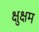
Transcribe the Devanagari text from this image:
क्षुक्षम